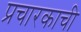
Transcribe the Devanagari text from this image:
प्रचारकाची